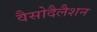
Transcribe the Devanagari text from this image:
वैसोदैलैशन